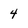
Character: 4